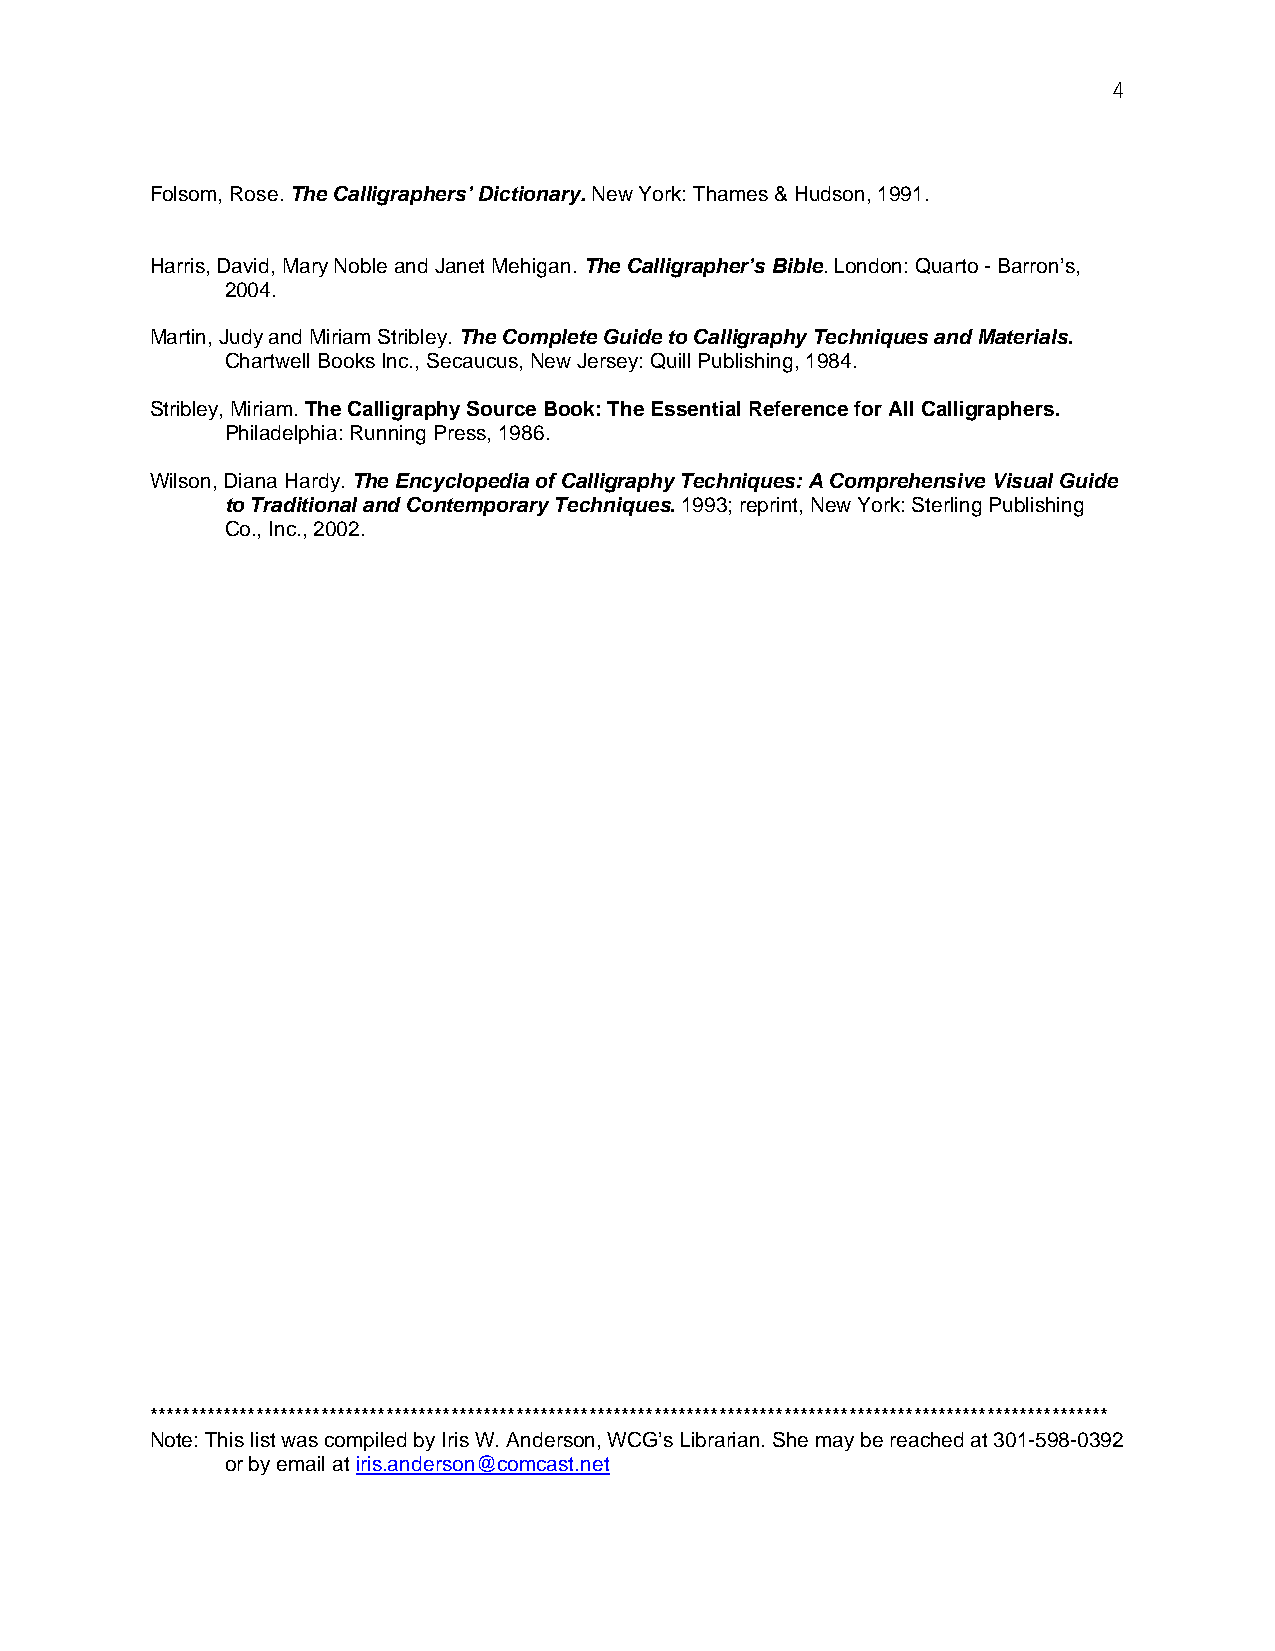
4
 Folsom, Rose. The Calligraphers’ Dictionary. New York: Thames & Hudson, 1991.
 Harris, David, Mary Noble and Janet Mehigan. The Calligrapher’s Bible. London: Quarto - Barron’s,
 2004.
 Martin, Judy and Miriam Stribley. The Complete Guide to Calligraphy Techniques and Materials.
 Chartwell Books Inc., Secaucus, New Jersey: Quill Publishing, 1984.
 Stribley, Miriam. The Calligraphy Source Book: The Essential Reference for All Calligraphers.
 Philadelphia: Running Press, 1986.
 Wilson, Diana Hardy. The Encyclopedia of Calligraphy Techniques: A Comprehensive Visual Guide
 to Traditional and Contemporary Techniques. 1993; reprint, New York: Sterling Publishing
 Co., Inc., 2002.
 **********************************************************************************************************************
 Note: This list was compiled by Iris W. Anderson, WCG’s Librarian. She may be reached at 301-598-0392
 or by email at iris.anderson@comcast.net